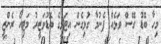
މިހާ ބޮޑު ގޭސް ވަޅެއް ފެނުމާ ގުޅިގެން އިޓަލީގެ ބޮޑުވަޒީރު މަޓިއޯ ރެންޒީ